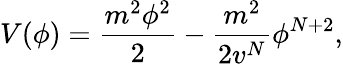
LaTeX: V(\phi)={\frac{m^{2}\phi^{2}}{2}}-{\frac{m^{2}}{2v^{N}}}\phi^{N+2},